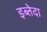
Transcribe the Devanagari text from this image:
इब्तेदा